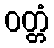
ဝတ္တံ